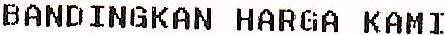
BANDINGKAN HARGA KAMI